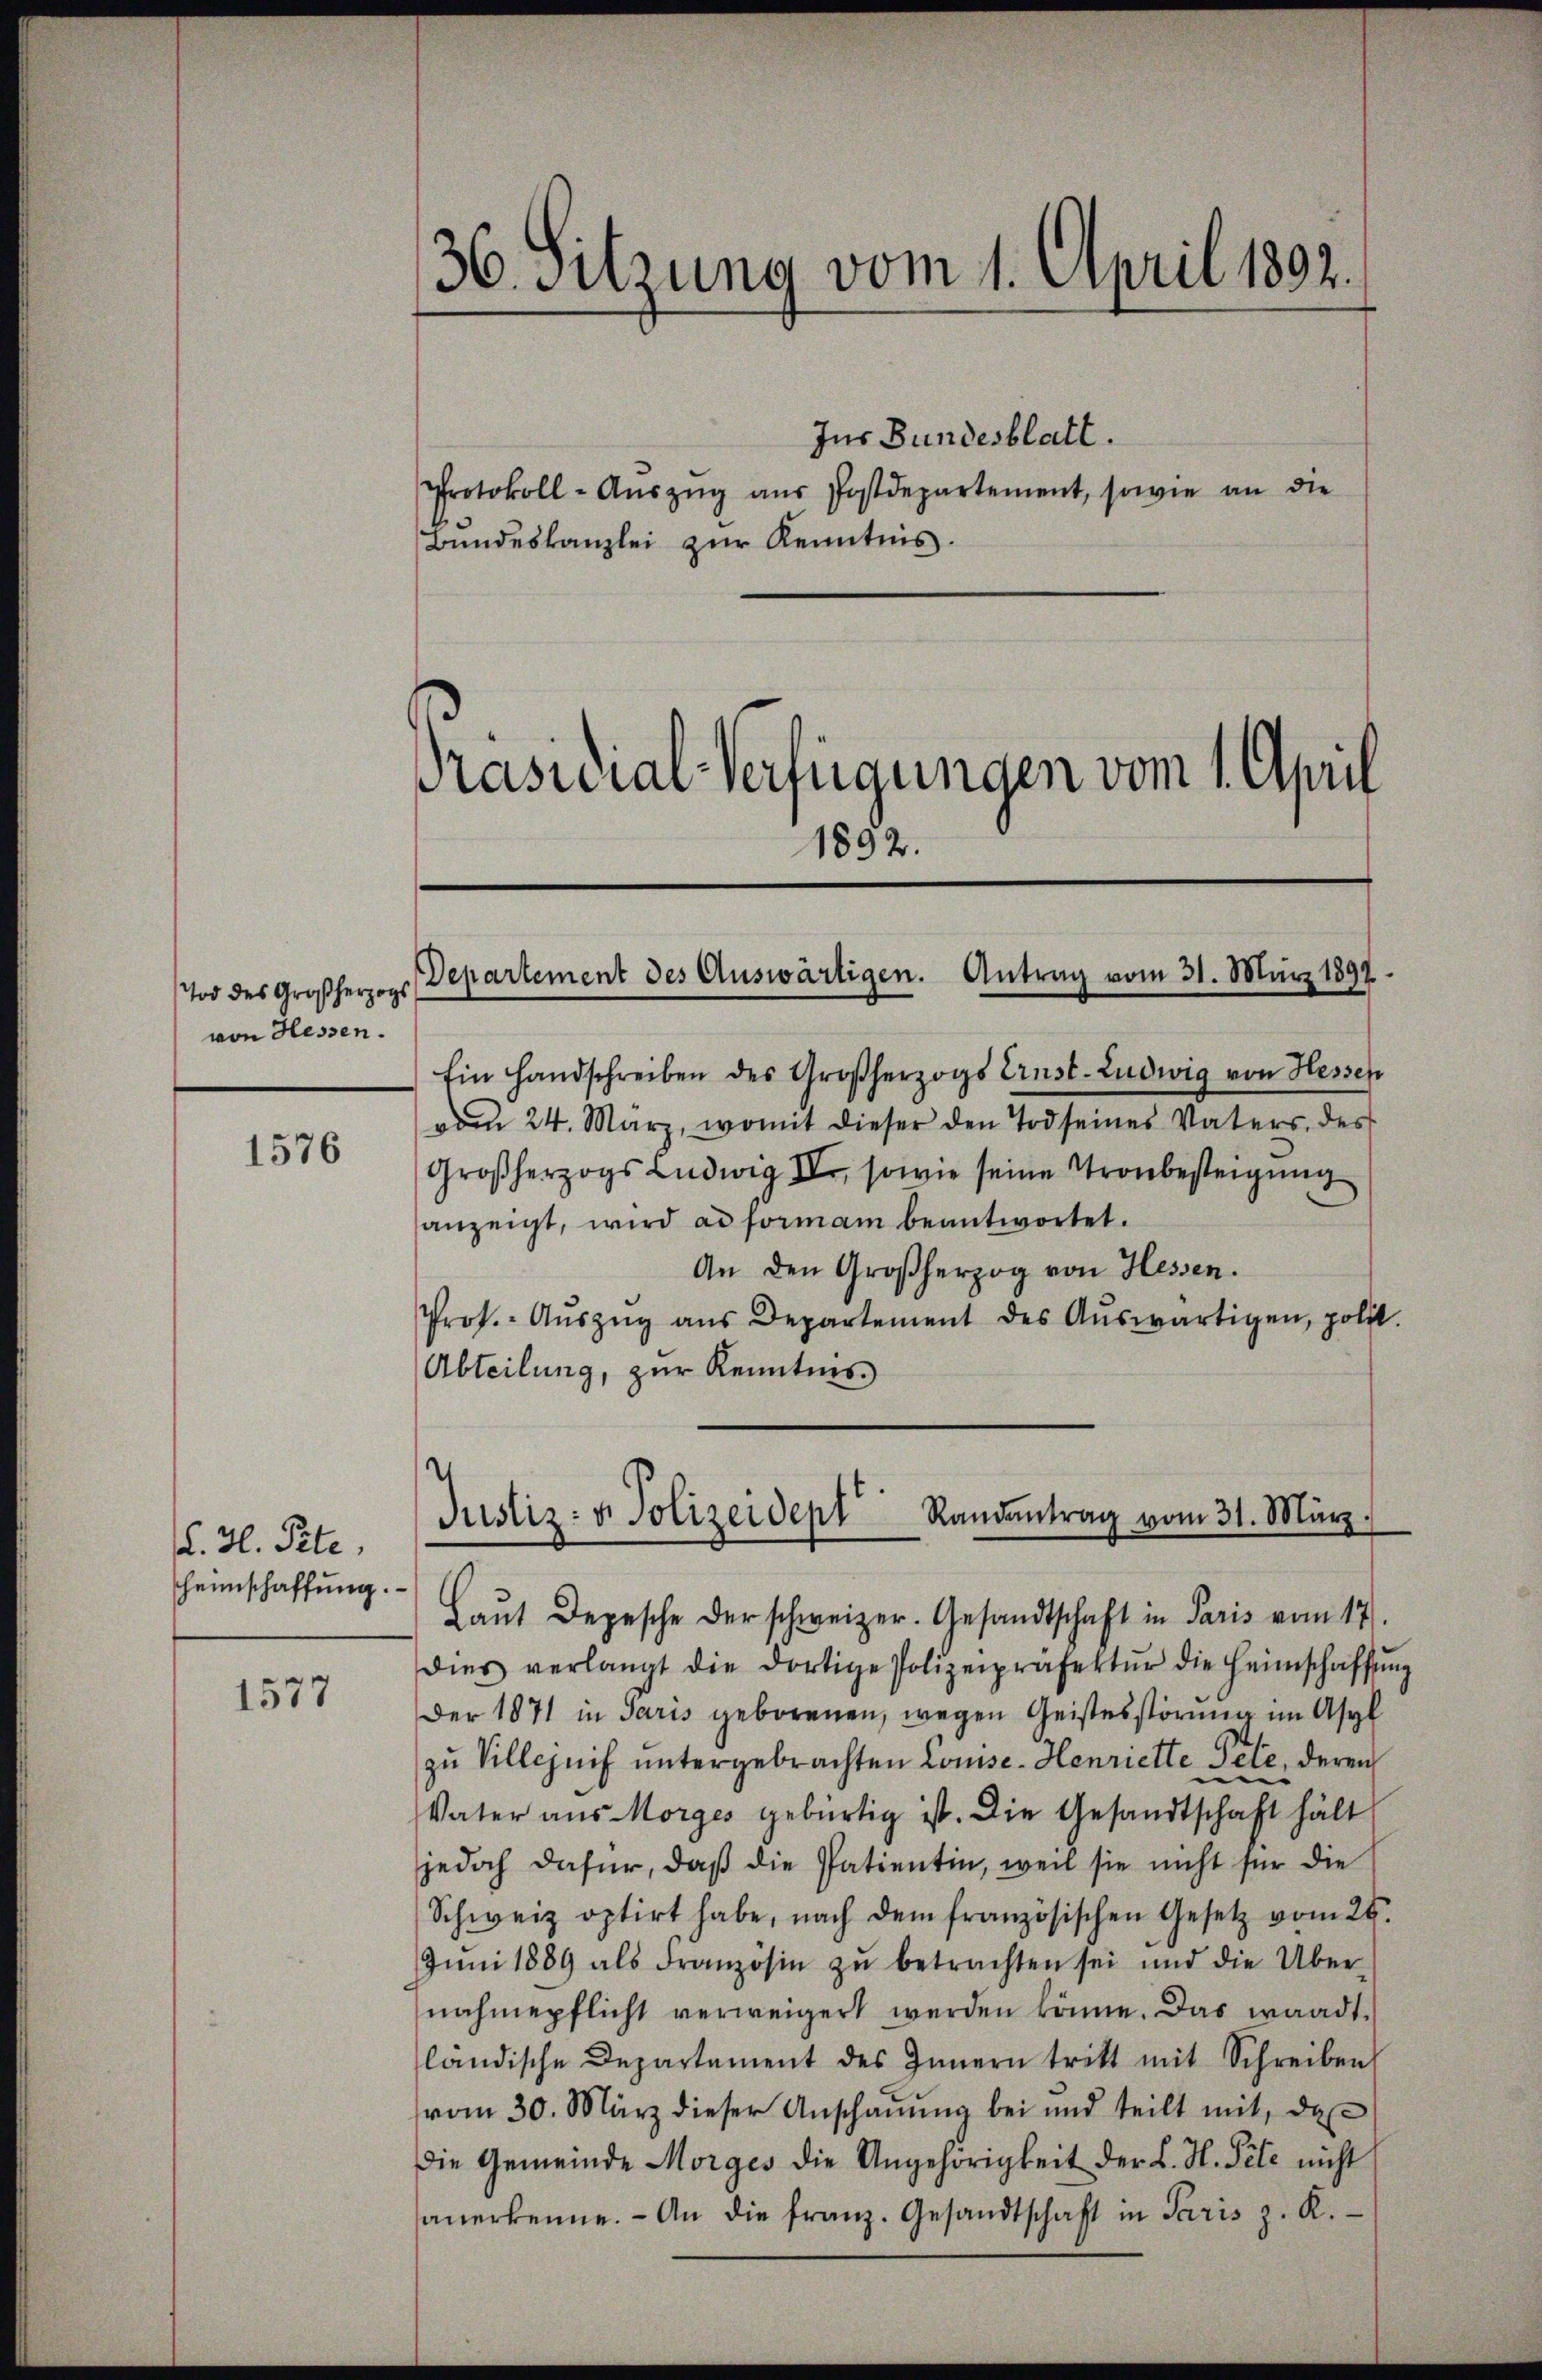
Tod des Großherzogs
von Hessen.

1576

. H. Pete
Heimschaffung.

1577

36. Sitzung vom 1. April 1892.

Prasurial-Verfügungen vom 1. April
1892.

Protokoll-Aŭszŭg aŭs Postdepartement, sowie an die
Bundeskanzlei zŭr Kenntnis.

Ein Handschreiben des Großherzogs Ernst-Ludwig von Hessen
vom 24. März, womit dieser den Tod seines Vaters des
Großherzogs Ludwig IV, sowie seine Tronbesteigung
anzeigt, wird ad formann beantwortet.
An den Großherzog von Hessen.
Prof. Aŭszŭg ans Departement des Aŭswärtigen, polit
Abteilung, zur Kenntnis.

Ins Bundesblatt.

Departement des Auswärtigen. Antrag vom 31. März 1897.

Justiz- & Polizeidept Randantrag vom 31. März.

Laŭt Depesche der schweizer. Gesandtschaft in Paris vom 17.
dies verlangt die dortige Polizeipräfektŭr die Heimschaffŭng
Der 1871 in Paris geborenen, wegen Geistesstörung im Asyl
zu Villeznif untergebrachten Louise. Henriette Pete, deren
Vater aus Morges gebürtig ist. Die Gesandtschaft hält
jedoch dafür, daß die Patientin, weil sie nicht für die
Schweiz optirt habe, nach dem französischen Gesetz vom 26.
Jŭni 1889 als Französin zŭ betrachten sei und die Über-
nahmepflicht verweigert werden könne. Das waadt.
ländische Departement des Innern tritt mit Schreiben
vom 30. März dieser Anschauung bei und teilt mit, das
die Gemeinde Morges die Angehörigkeit der L. H. Pete nicht
anerkenne. An die franz. Gesandtschaft in Paris z. K.